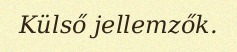
Külső jellemzők.